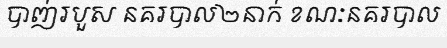
បាញ់របួស នគរបាល២នាក់ ខណៈនគរបាល